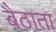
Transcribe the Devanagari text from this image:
बैठाता